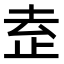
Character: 𬅻